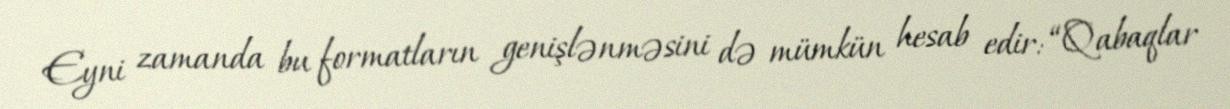
Eyni zamanda bu formatların genişlənməsini də mümkün hesab edir: “Qabaqlar